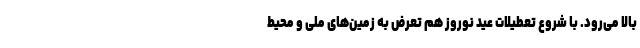
بالا می‌رود. با شروع تعطیلات عید نوروز هم تعرض به زمین‌های ملی و محیط